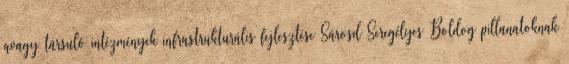
avagy társuló intézmények infrastrukturális fejlesztése Sárosd Seregélyes Boldog pillanatoknak